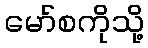
မော်စကိုသို့